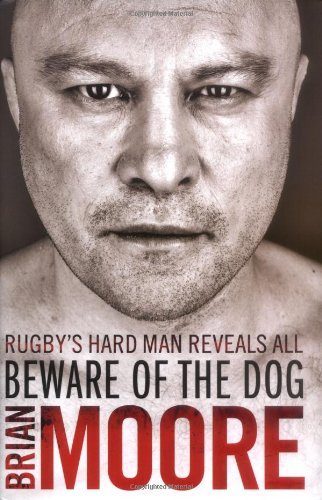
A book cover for Beware of the Dog: Rugby's Hard Man Reveals All; Brian Moore; Sports & Outdoors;